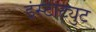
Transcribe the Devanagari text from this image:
इंस्‍टीट्युट